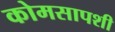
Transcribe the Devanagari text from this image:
कोमसापशी